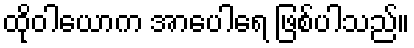
ထိုဝါယောက အာပေါရေ ဖြစ်ပါသည်။